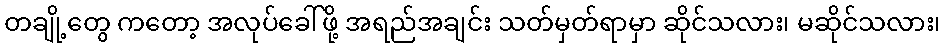
တချို့တွေ ကတော့ အလုပ်ခေါ်ဖို့ အရည်အချင်း သတ်မှတ်ရာမှာ ဆိုင်သလား၊ မဆိုင်သလား၊